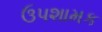
ઉપશામક